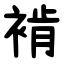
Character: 褃